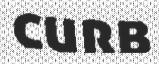
CURB